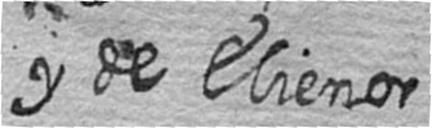
y de Elienor